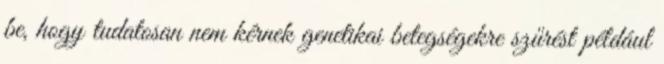
be, hogy tudatosan nem kérnek genetikai betegségekre szűrést például